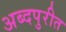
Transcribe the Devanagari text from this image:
अब्दपुरीत